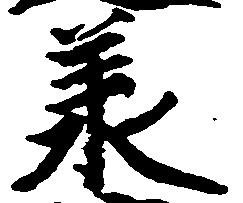
承